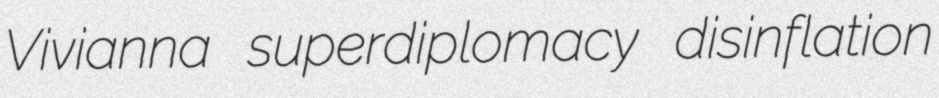
Vivianna superdiplomacy disinflation